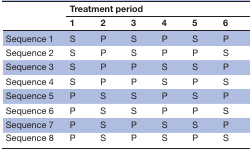
<table><thead><tr><td rowspan="2"></td><td colspan="6"><b>Treatment period</b></td></tr><tr><td><b>1</b></td><td><b>2</b></td><td><b>3</b></td><td><b>4</b></td><td><b>5</b></td><td><b>6</b></td></tr></thead><tbody><tr><td>Sequence 1</td><td>S</td><td>P</td><td>S</td><td>P</td><td>S</td><td>P</td></tr><tr><td>Sequence 2</td><td>S</td><td>P</td><td>S</td><td>P</td><td>P</td><td>S</td></tr><tr><td>Sequence 3</td><td>S</td><td>P</td><td>P</td><td>S</td><td>S</td><td>P</td></tr><tr><td>Sequence 4</td><td>S</td><td>P</td><td>P</td><td>S</td><td>P</td><td>S</td></tr><tr><td>Sequence 5</td><td>P</td><td>S</td><td>S</td><td>P</td><td>S</td><td>P</td></tr><tr><td>Sequence 6</td><td>P</td><td>S</td><td>S</td><td>P</td><td>P</td><td>S</td></tr><tr><td>Sequence 7</td><td>P</td><td>S</td><td>P</td><td>S</td><td>S</td><td>P</td></tr><tr><td>Sequence 8</td><td>P</td><td>S</td><td>P</td><td>S</td><td>P</td><td>S</td></tr></tbody></table>